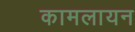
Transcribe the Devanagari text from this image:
कामलायन